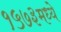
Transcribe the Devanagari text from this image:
१५७३मध्ये